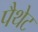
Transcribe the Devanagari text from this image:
पैथेट